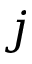
j